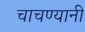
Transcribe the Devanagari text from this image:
चाचण्यानी